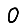
Digit: 0